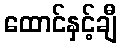
ထောင်နှင့်ချီ